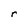
Character: r